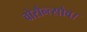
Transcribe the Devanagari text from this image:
वोरोन्त्सोव।